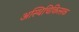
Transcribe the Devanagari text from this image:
अस्थिचिकित्सक